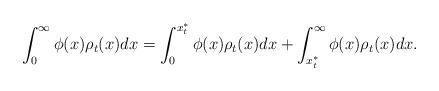
LaTeX: \begin{align*} \int_0^\infty \phi(x) \rho_t(x) dx = \int_0^{x^*_t} \phi(x) \rho_t(x) dx + \int_{x^*_t}^{\infty} \phi(x) \rho_t(x) dx . \end{align*}